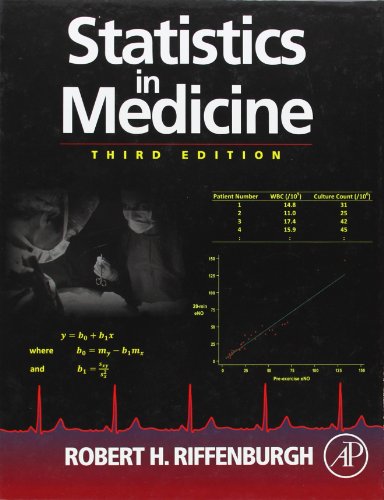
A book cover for Statistics in Medicine, Third Edition; Robert H. Riffenburgh; Medical Books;